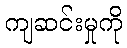
ကျဆင်းမှုကို